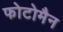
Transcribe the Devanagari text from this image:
फोटोमैन